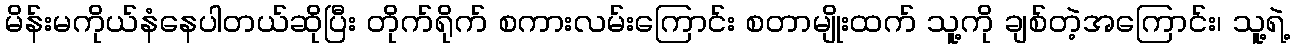
မိန်းမကိုယ်နံနေပါတယ်ဆိုပြီး တိုက်ရိုက် စကားလမ်းကြောင်း စတာမျိုးထက် သူ့ကို ချစ်တဲ့အကြောင်း၊ သူ့ရဲ့